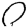
Digit: 0